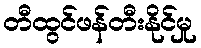
တီထွင်ဖန်တီးနိုင်မှု